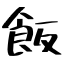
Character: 飯